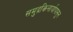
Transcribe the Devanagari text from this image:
समुद्रकिनार्यापासून